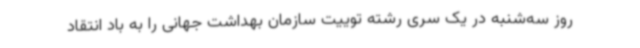
روز سه‌شنبه در یک سری رشته توییت سازمان بهداشت جهانی را به باد انتقاد